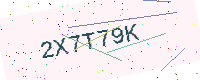
Text: 2X7T79K